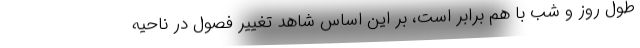
طول روز و شب با هم برابر است، بر این اساس شاهد تغییر فصول در ناحیه